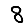
Digit: 8